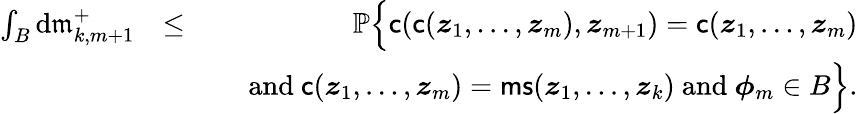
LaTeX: \begin{array}{rlr}{\int_{B}\mathrm{d}\mathfrak{m}_{k,m+1}^{+}}&{\leq}&{{\mathbb{P}}\Big\{ \mathsf{c}(\mathsf{c}({\boldsymbol{z}}_{1},\ldots,{\boldsymbol{z}}_{m}),{\boldsymbol{z}}_{m+1})=\mathsf{c}({\boldsymbol{z}}_{1},\ldots,{\boldsymbol{z}}_{m})}\\ &{}&{\quad\mathrm{~and~}\mathsf{c}({\boldsymbol{z}}_{1},\ldots,{\boldsymbol{z}}_{m})=\mathsf{ms}({\boldsymbol{z}}_{1},\ldots,{\boldsymbol{z}}_{k})\mathrm{~and~}{\boldsymbol{\phi}}_{m}\in B\Big\} .}\end{array}